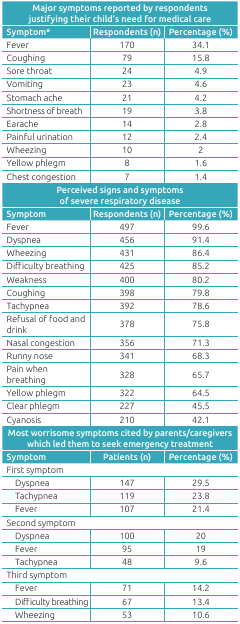
| <COLSPAN=3> Major symptoms reported byrespondents justifying their child’s need for medical care |
 | Symptom* | Respondents (n) | Percentage (%) |
 | --- | --- | --- |
 | Fever | 170 | 34.1 |
 | Coughing | 79 | 15.8 |
 | Sore throat | 24 | 4.9 |
 | Vomiting | 23 | 4.6 |
 | Stomach ache | 21 | 4.2 |
 | Shortness of breath | 19 | 3.8 |
 | Earache | 14 | 2.8 |
 | Painful urination | 12 | 2.4 |
 | Wheezing | 10 | 2 |
 | Yellow phlegm | 8 | 1.6 |
 | Chest congestion | 7 | 1.4 |
 | <COLSPAN=3> Perceived signs and symptoms of severe respiratory disease |
 | Symptom | Respondents (n) | Percentage (%) |
 | Fever | 497 | 99.6 |
 | Dyspnea | 456 | 91.4 |
 | Wheezing | 431 | 86.4 |
 | Difficulty breathing | 425 | 85.2 |
 | Weakness | 400 | 80.2 |
 | Coughing | 398 | 79.8 |
 | Tachypnea | 392 | 78.6 |
 | Refusal of food and drink | 378 | 75.8 |
 | Nasal congestion | 356 | 71.3 |
 | Runny nose | 341 | 68.3 |
 | Pain when breathing | 328 | 65.7 |
 | Yellow phlegm | 322 | 64.5 |
 | Clear phlegm | 227 | 45.5 |
 | Cyanosis | 210 | 42.1 |
 | <COLSPAN=3> Most worrisome symptoms cited by parents/caregivers which led themto seek emergency treatment |
 | Symptom | Patients (n) | Percentage (%) |
 | <COLSPAN=3> First symptom |
 | Dyspnea | 147 | 29.5 |
 | Tachypnea | 119 | 23.8 |
 | Fever | 107 | 21.4 |
 | <COLSPAN=3> Second symptom |
 | Dyspnea | 100 | 20 |
 | Fever | 95 | 19 |
 | Tachypnea | 48 | 9.6 |
 | <COLSPAN=3> Third symptom |
 | Fever | 71 | 14.2 |
 | Difficulty breathing | 67 | 13.4 |
 | Wheezing | 53 | 10.6 |